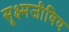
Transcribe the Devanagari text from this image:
सूक्ष्मजीविय